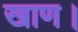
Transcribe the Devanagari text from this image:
खाण।